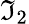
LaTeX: \mathfrak{I}_{2}